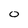
Character: 0